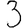
Digit: 3